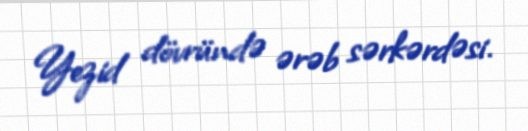
Yezid dövründə ərəb sərkərdəsi.